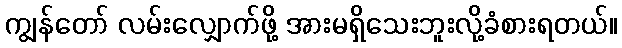
ကျွန်တော် လမ်းလျှောက်ဖို့ အားမရှိသေးဘူးလို့ခံစားရတယ်။